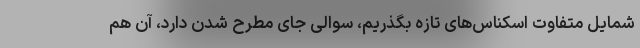
شمایل متفاوت اسکناس‌های تازه بگذریم، سوالی جای مطرح شدن دارد، آن هم